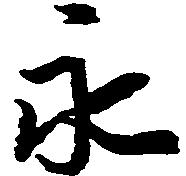
永